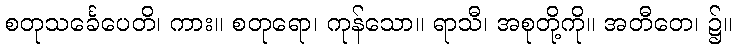
စတုသင်္ခေပေတိ၊ ကား။ စတုရော၊ ကုန်သော။ ရာသီ၊ အစုတို့ကို။ အတီတေ၊ ၌။